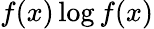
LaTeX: f(x)\log f(x)